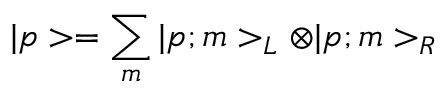
| p > = \sum _ { m } | p ; m > _ { L } \otimes | p ; m > _ { R }